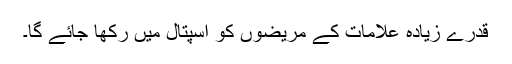
قدرے زیادہ علامات کے مریضوں کو اسپتال میں رکھا جائے گا۔